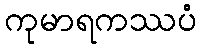
ကုမာရကဿပံ